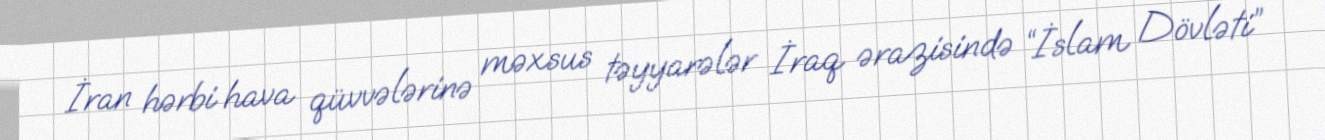
İran hərbi hava qüvvələrinə məxsus təyyarələr İraq ərazisində “İslam Dövləti”